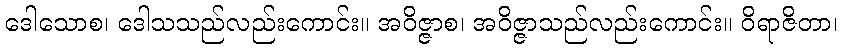
ဒေါသောစ၊ ဒေါသသည်လည်းကောင်း။ အဝိဇ္ဇာစ၊ အဝိဇ္ဇာသည်လည်းကောင်း။ ဝိရာဇိတာ၊